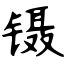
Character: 镊